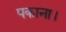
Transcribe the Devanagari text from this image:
पकाना।